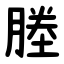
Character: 塍